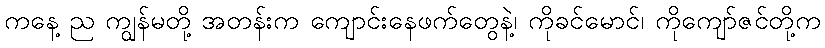
ကနေ့ ည ကျွန်မတို့ အတန်းက ကျောင်းနေဖက်တွေနဲ့၊ ကိုခင်မောင်၊ ကိုကျော်ဇင်တို့က